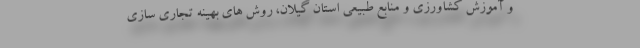
و آموزش کشاورزی و منابع طبیعی استان گیلان، روش های بهینه تجاری سازی